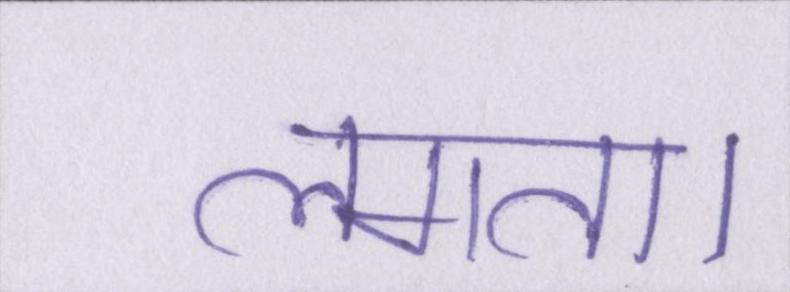
लगता।